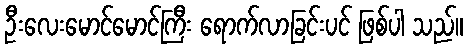
ဦးလေးမောင်မောင်ကြီး ရောက်လာခြင်းပင် ဖြစ်ပါ သည်။